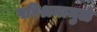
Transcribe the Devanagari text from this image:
परिश्रमामुळे